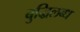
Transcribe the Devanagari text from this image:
बुद्धिलब्ध